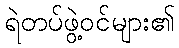
ရဲတပ်ဖွဲ့ဝင်များ၏